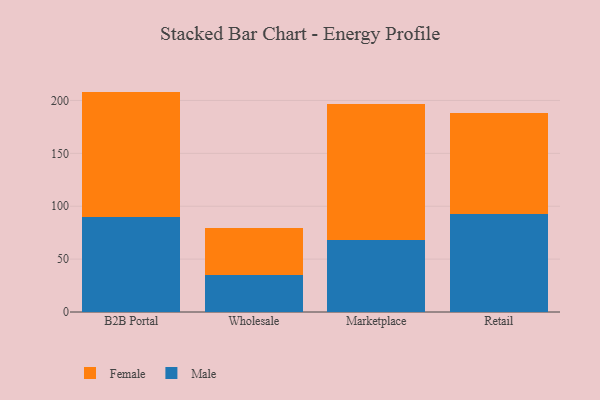
{"axis": {"x": "Channel", "y": "Gross Profit (USD K)"}, "legend": ["Female", "Male"], "data": [{"x": "B2B Portal", "y": 89.8, "type": "Male"}, {"x": "B2B Portal", "y": 118.6, "type": "Female"}, {"x": "Wholesale", "y": 34.8, "type": "Male"}, {"x": "Wholesale", "y": 44.6, "type": "Female"}, {"x": "Marketplace", "y": 67.8, "type": "Male"}, {"x": "Marketplace", "y": 129.3, "type": "Female"}, {"x": "Retail", "y": 92.8, "type": "Male"}, {"x": "Retail", "y": 95.1, "type": "Female"}]}